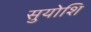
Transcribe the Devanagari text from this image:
सुयोशि